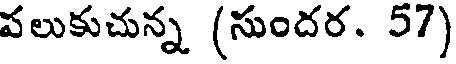
పలుకుచున్న (సుందర. 57)